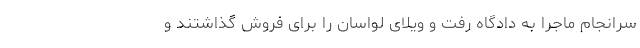
سرانجام ماجرا به دادگاه رفت و ویلای لواسان را برای فروش گذاشتند و